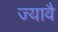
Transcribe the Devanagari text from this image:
ज्यावै